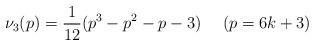
LaTeX: \begin{align*}\nu_3(p) = \frac{1}{12}(p^3-p^2-p-3)~~~~(p=6k+3)\end{align*}